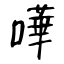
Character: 嘩